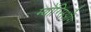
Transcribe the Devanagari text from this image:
म्योंग्सिओंग